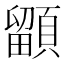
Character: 𩔲